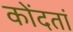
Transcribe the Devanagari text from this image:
कोंदतां